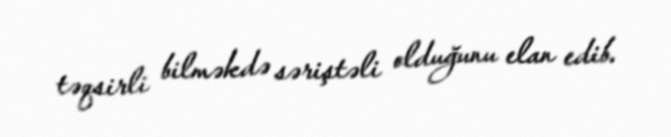
təqsirli bilməkdə səriştəli olduğunu elan edib.